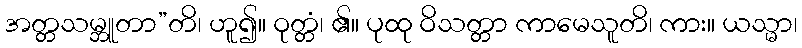
အတ္တသမ္ဘူတာ”တိ၊ ဟူ၍။ ဝုတ္တံ၊ ၏။ ပုထု ဝိသတ္တာ ကာမေသူတိ၊ ကား။ ယသ္မာ၊